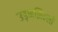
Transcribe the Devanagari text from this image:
उड़नझिल्ली